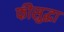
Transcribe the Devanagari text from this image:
फीसुद्धा